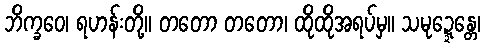
ဘိက္ခဝေ၊ ရဟန်းတို့။ တတော တတော၊ ထိုထိုအရပ်မှ။ သမုဍ္ဍေန္တေ၊